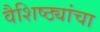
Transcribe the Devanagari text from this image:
वैशिष्ठ्यांचा